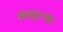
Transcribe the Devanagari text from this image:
कढ्ल्या